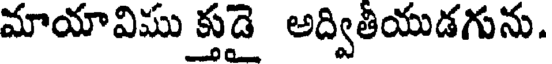
మాయావిము క్తుడై అద్వితీయుడగును.